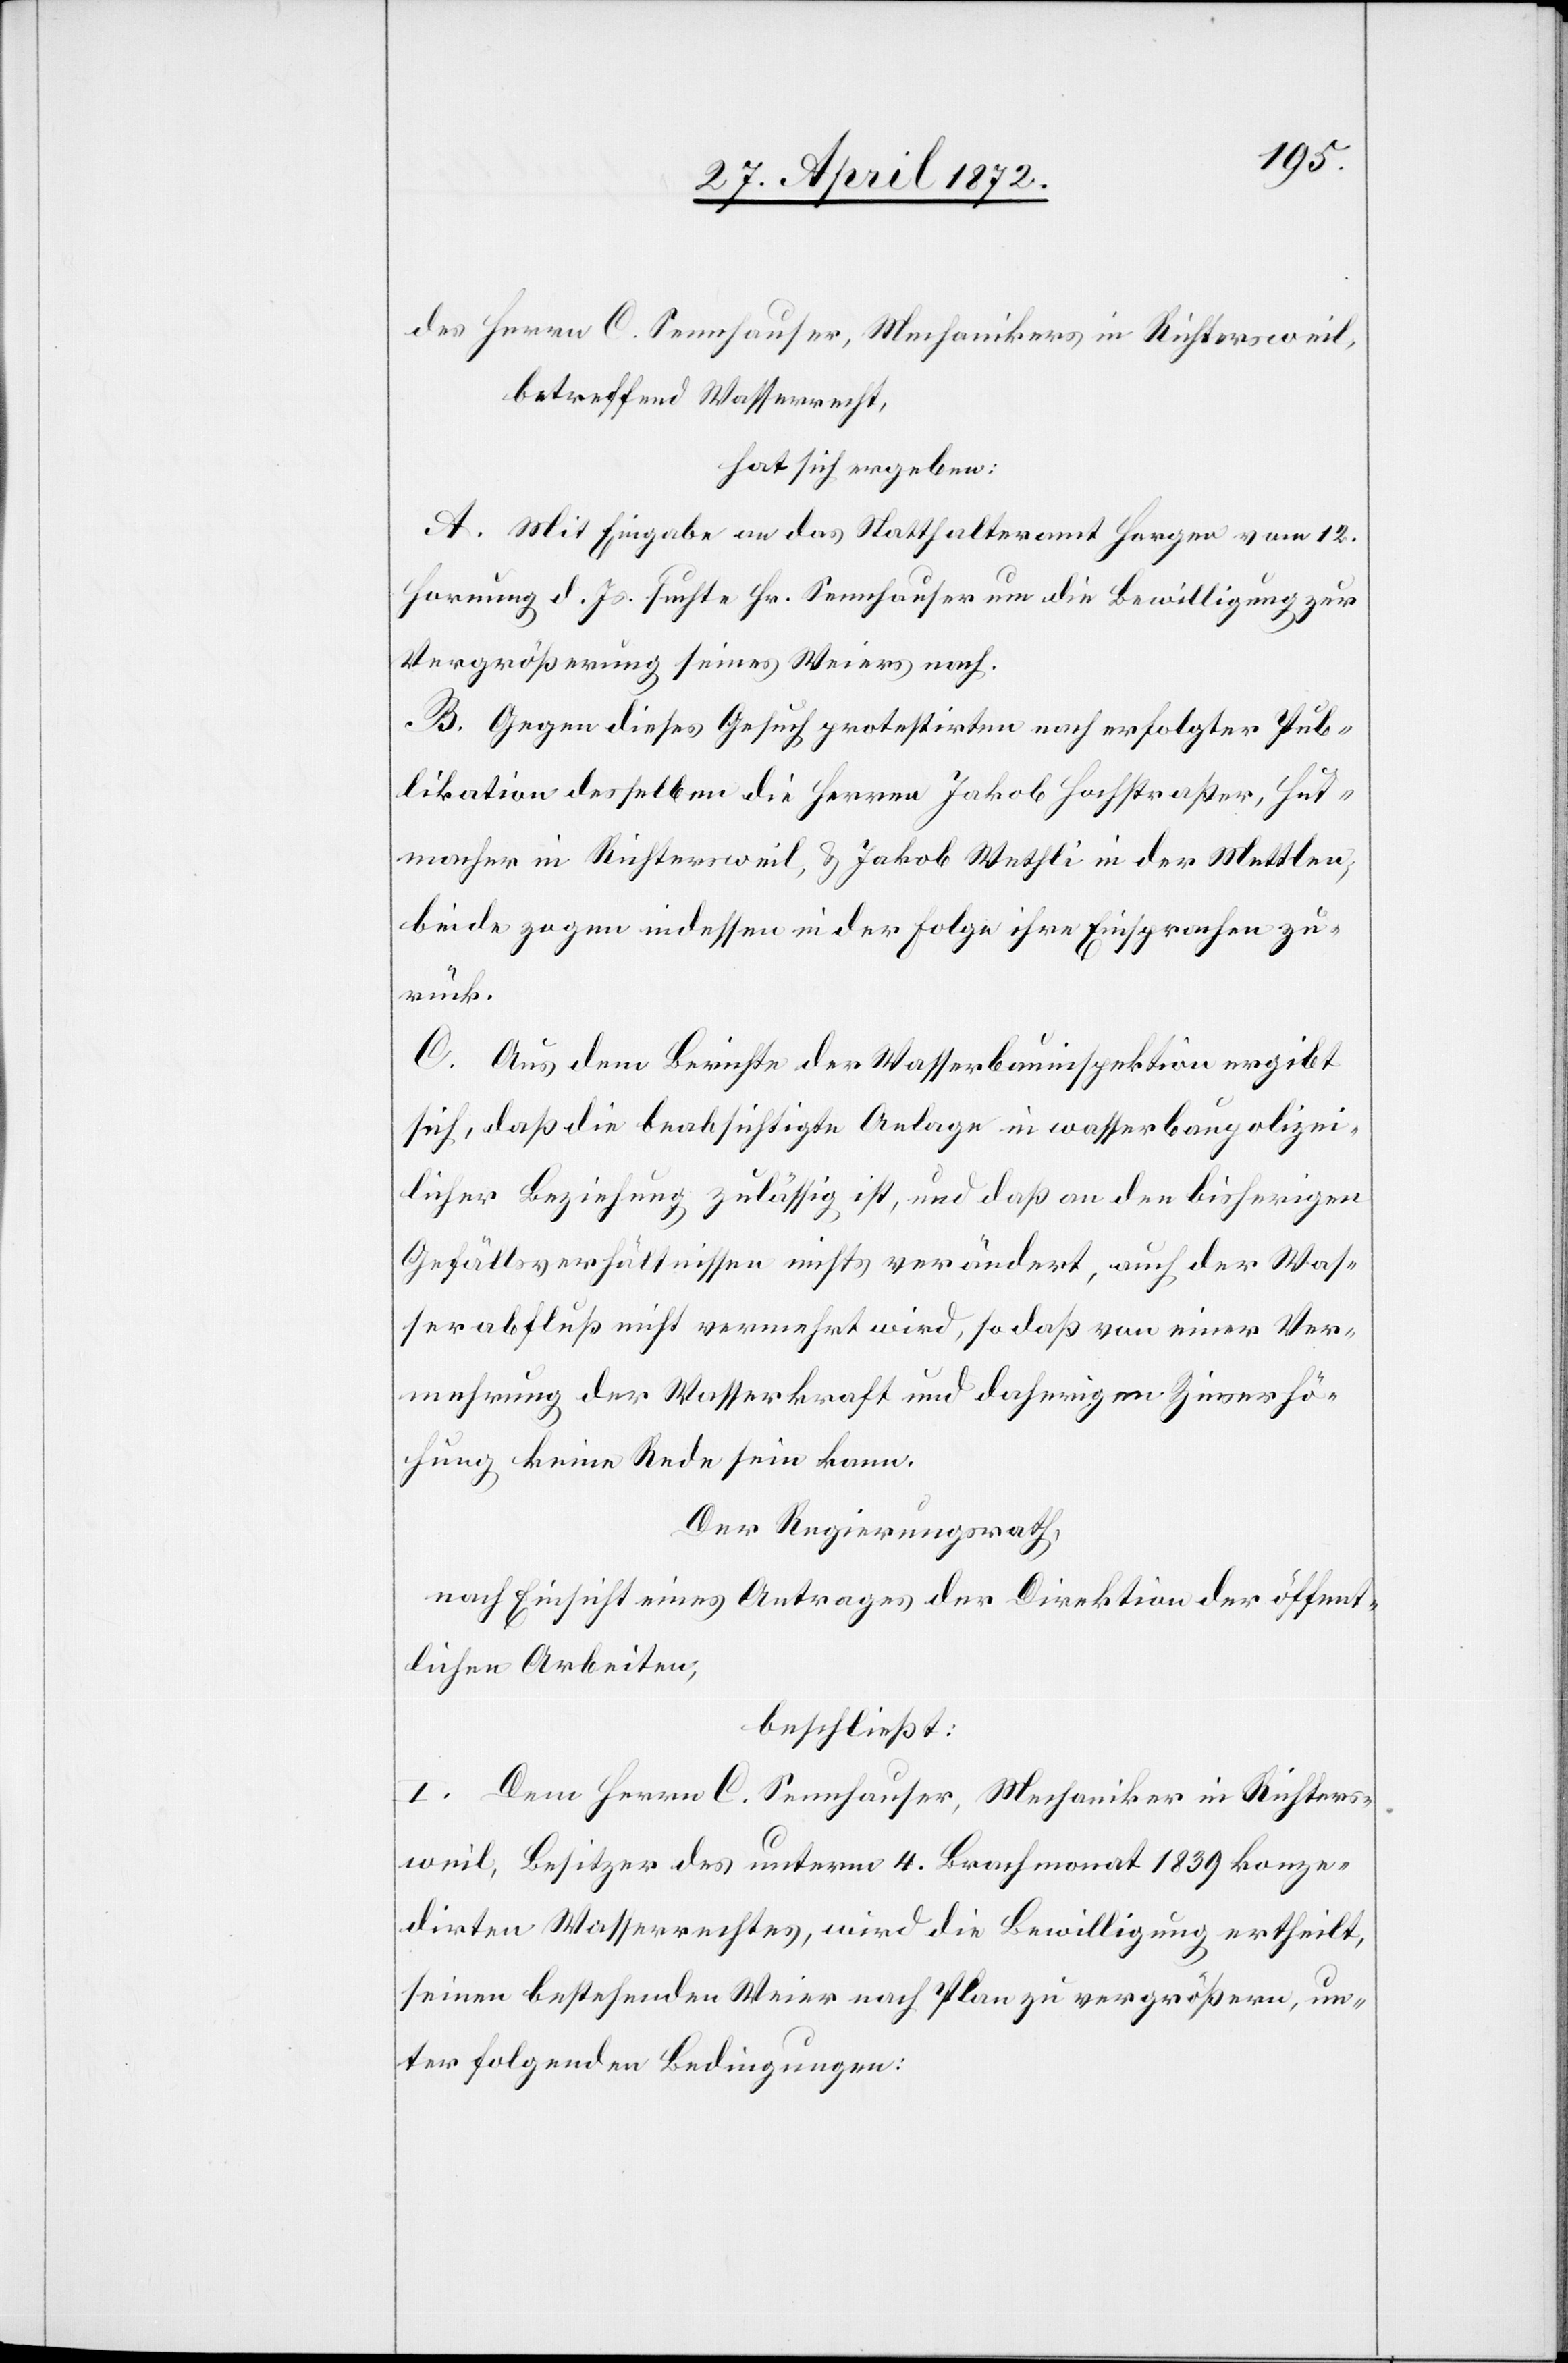
des Herren C. Sennhauser, Mechanikers in Richtersweil,
betreffend Wasserrecht,
hat sich ergeben:
A. Mit Eingabe an das Statthalteramt Horgen vom 12.
Hornung d. Js. suchte Hr. Sennhauser um die Bewilligung zur
Vergrößerung seines Weiers nach.
B. Gegen dieses Gesuch protestirten nach erfolgter Pub¬
likation desselben die Herren Jakob Hochstraßer, Hut¬
macher in Richtersweil, u. Jakob Wethli in der Mettlen,
beide zogen indessen in der Folge ihre Einsprachen zu¬
rück.
C. Aus dem Berichte der Wasserbauinspektion ergibt
sich, daß die beabsichtigte Anlage in wasserbaupolizei¬
licher Beziehung zulässig ist, und daß an den bisherigen
Gefällsverhältnissen nichts verändert, auch der Was¬
serabfluß nicht vermehrt wird, so daß von einer Ver¬
mehrung der Wasserkraft und daherigen Zinserhö¬
hung keine Rede sein kann.
Der Regierungsrath,
nach Einsicht eines Antrages der Direktion der öffent¬
lichen Arbeiten,
beschließt:
I. Dem Herrn C. Sennhauser, Mechaniker in Richters¬
weil, Besitzer des unterm 4. Brachmonat 1839 konze¬
dirten Wasserrechtes, wird die Bewilligung ertheilt,
seinen bestehenden Weier nach Plan zu vergrößern, un¬
ter folgenden Bedingungen: